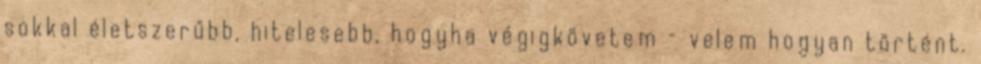
sokkal életszerűbb, hitelesebb, hogyha vé­gigkövetem – velem hogyan tör­tént.